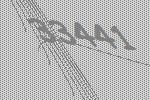
33441